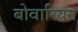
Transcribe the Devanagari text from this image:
बोवारियन